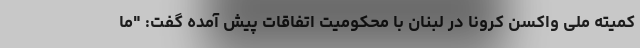
کمیته ملی واکسن کرونا در لبنان با محکومیت اتفاقات پیش آمده گفت: "ما